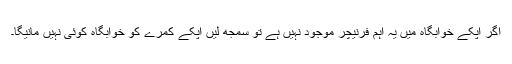
اگر آپکے خوابگاہ میں یہ اہم فرنیچر موجود نہیں ہے تو سمجھ لیں آپکے کمرے کو خوابگاہ کوئی نہیں مانیگا۔